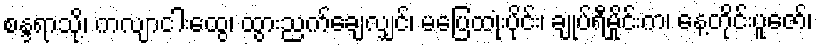
စန္ဒရာသို့၊ ကလျာငါးထွေ၊ ထွားညက်ချေလျှင်၊ မပြေထုံးပိုင်း၊ ချုပ်ရီမှိုင်းက၊ နေ့တိုင်းပူဇော်၊